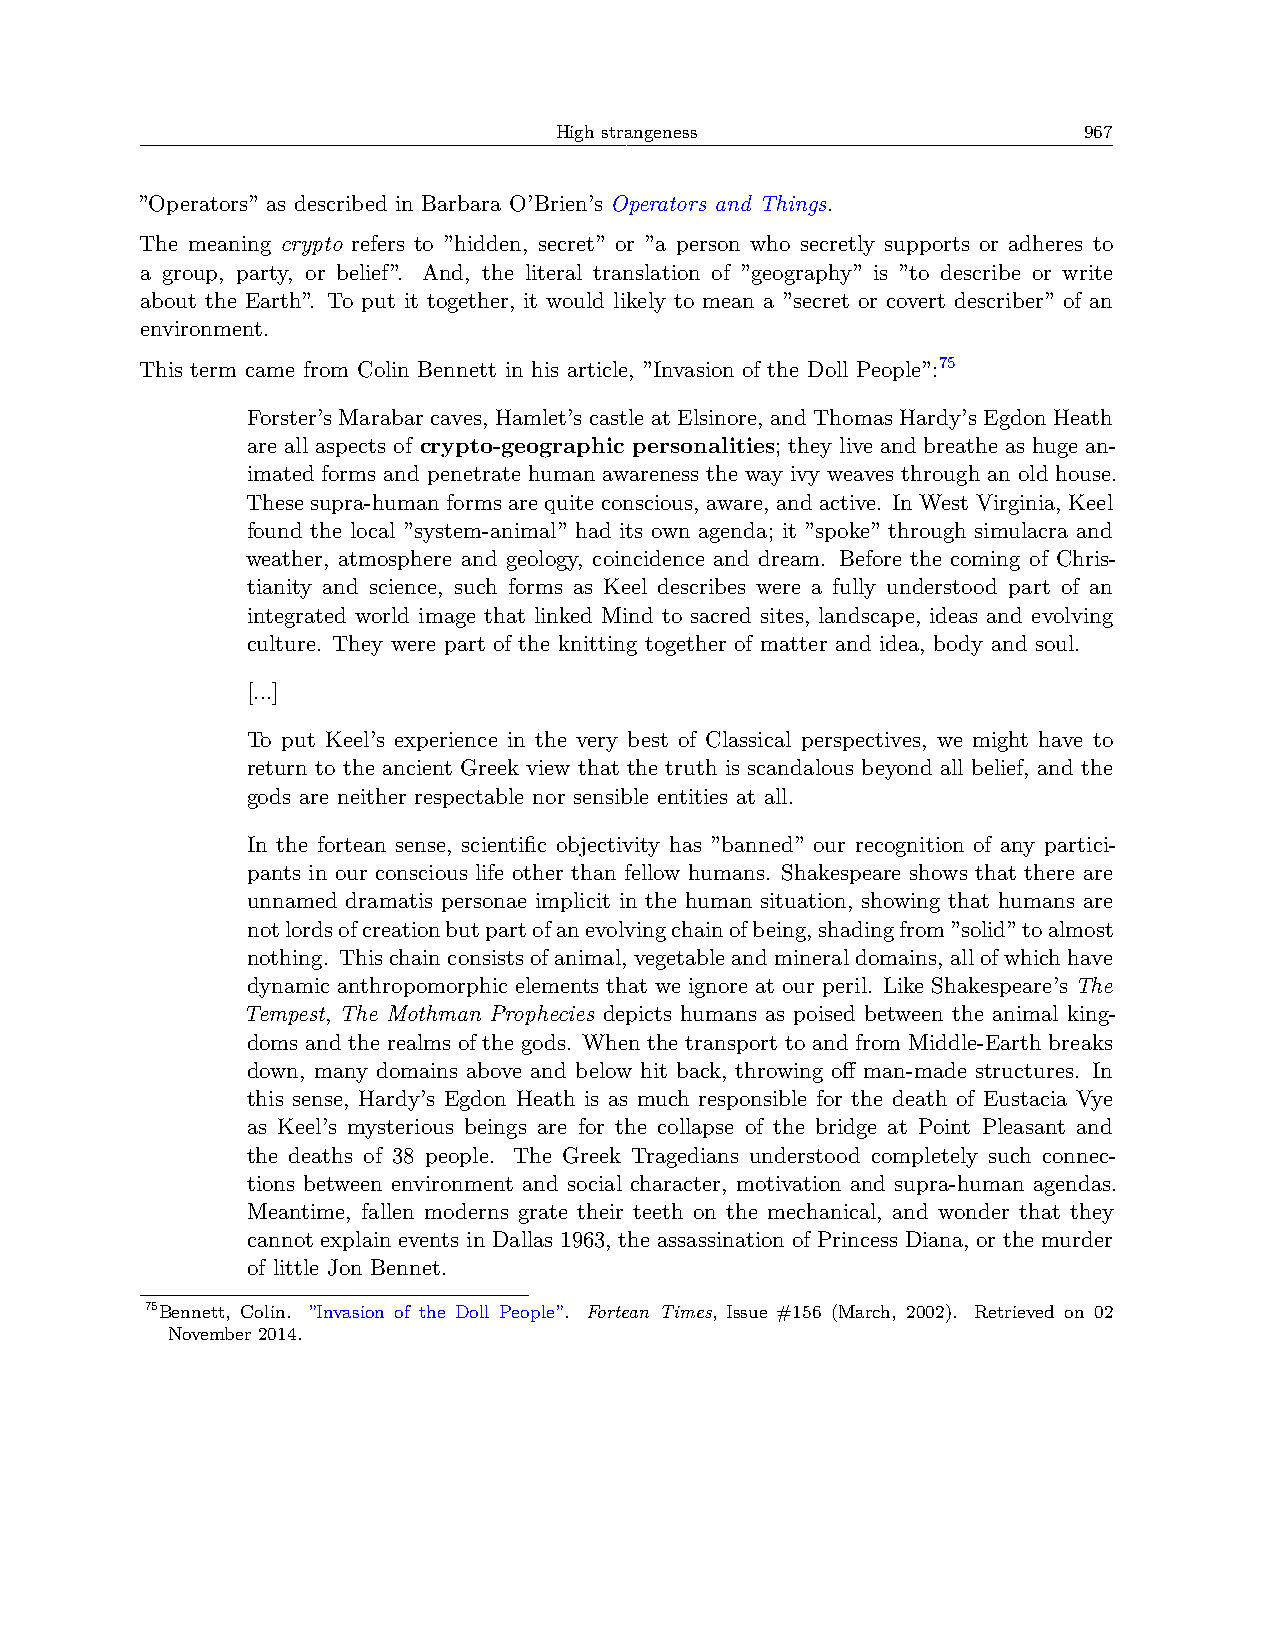
High strangeness                   967
 ”Operators” as described in Barbara O’Brien’s Operators and Things.
 The meaning crypto refers to ”hidden, secret” or ”a person who secretly supports or adheres to
 a group, party, or belief”. And, the literal translation of ”geography” is ”to describe or write
 about the Earth”. To put it together, it would likely to mean a ”secret or covert describer” of an
 environment.
 This term came from Colin Bennett in his article, ”Invasion of the Doll People”:75
 Forster’s Marabar caves, Hamlet’s castle at Elsinore, and Thomas Hardy’s Egdon Heath
 are all aspects of crypto-geographic personalities; they live and breathe as huge an-
 imated forms and penetrate human awareness the way ivy weaves through an old house.
 These supra-human forms are quite conscious, aware, and active. In West Virginia, Keel
 found the local ”system-animal” had its own agenda; it ”spoke” through simulacra and
 weather, atmosphere and geology, coincidence and dream. Before the coming of Chris-
 tianity and science, such forms as Keel describes were a fully understood part of an
 integrated world image that linked Mind to sacred sites, landscape, ideas and evolving
 culture. They were part of the knitting together of matter and idea, body and soul.
 [...]
 To put Keel’s experience in the very best of Classical perspectives, we might have to
 return to the ancient Greek view that the truth is scandalous beyond all belief, and the
 gods are neither respectable nor sensible entities at all.
 In the fortean sense, scientific objectivity has ”banned” our recognition of any partici-
 pants in our conscious life other than fellow humans. Shakespeare shows that there are
 unnamed dramatis personae implicit in the human situation, showing that humans are
 notlordsofcreationbutpartofanevolvingchainofbeing,shadingfrom”solid”toalmost
 nothing. Thischainconsistsofanimal, vegetableandmineraldomains, allofwhichhave
 dynamic anthropomorphic elements that we ignore at our peril. Like Shakespeare’s The
 Tempest, The Mothman Prophecies depicts humans as poised between the animal king-
 doms and the realms of the gods. When the transport to and from Middle-Earth breaks
 down, many domains above and below hit back, throwing off man-made structures. In
 this sense, Hardy’s Egdon Heath is as much responsible for the death of Eustacia Vye
 as Keel’s mysterious beings are for the collapse of the bridge at Point Pleasant and
 the deaths of 38 people. The Greek Tragedians understood completely such connec-
 tions between environment and social character, motivation and supra-human agendas.
 Meantime, fallen moderns grate their teeth on the mechanical, and wonder that they
 cannot explain events in Dallas 1963, the assassination of Princess Diana, or the murder
 of little Jon Bennet.
 75Bennett, Colin. ”Invasion of the Doll People”. Fortean Times, Issue #156 (March, 2002). Retrieved on 02
 November 2014.